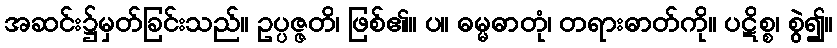
အဆင်း၌မှတ်ခြင်းသည်။ ဥပ္ပဇ္ဇတိ၊ ဖြစ်၏။ ပ။ ဓမ္မဓာတုံ၊ တရားဓာတ်ကို။ ပဋိစ္စ၊ စွဲ၍။